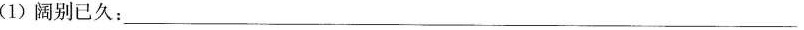
(1)阔别已久：___